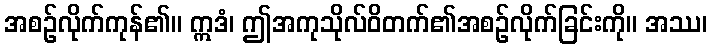
အစဉ်လိုက်ကုန်၏။ ဣဒံ၊ ဤအကုသိုလ်ဝိတက်၏အစဉ်လိုက်ခြင်းကို။ အဿ၊